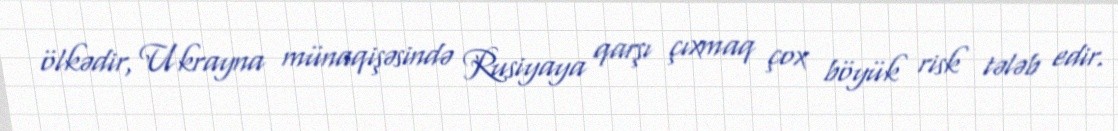
ölkədir, Ukrayna münaqişəsində Rusiyaya qarşı çıxmaq çox böyük risk tələb edir.